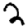
Digit: 2